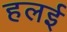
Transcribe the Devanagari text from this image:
हलई